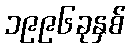
၁၉၉၆ခုနှစ်